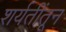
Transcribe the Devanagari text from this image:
शर्यतींतून